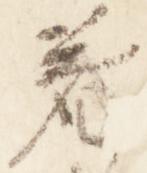
着